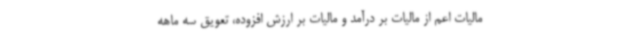
مالیات اعم از مالیات بر درآمد و مالیات بر ارزش افزوده، تعویق سه ماهه